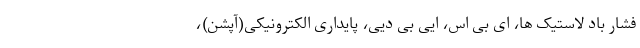
فشار باد لاستیک ها، ای بی اس، ایی بی دیی، پایداری الکترونیکی(آپشن)،